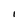
Character: l